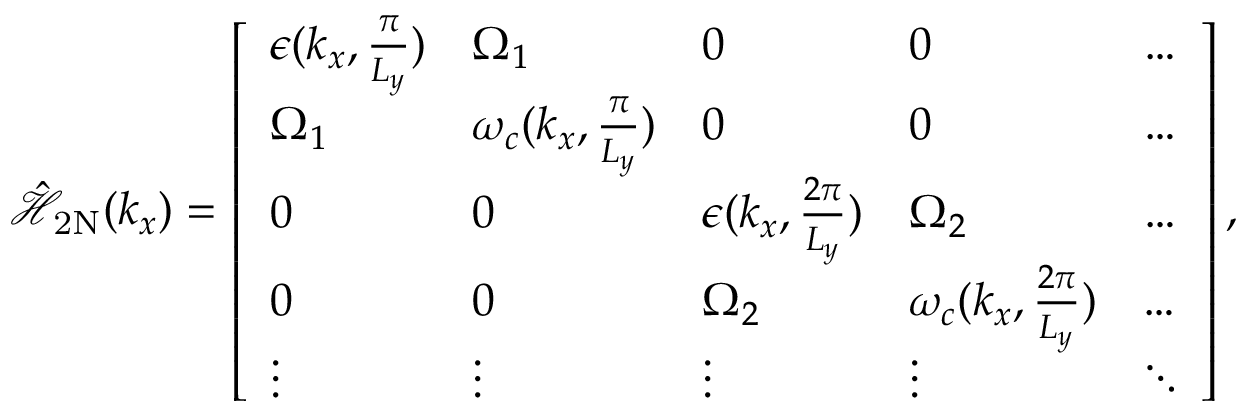
\begin{array} { r } { \mathcal { \hat { H } } _ { \mathrm { 2 N } } ( { k _ { x } } ) = \left[ \begin{array} { l l l l l } { \epsilon ( k _ { x } , \frac { \pi } { L _ { y } } ) } & { { \Omega } _ { 1 } } & { 0 } & { 0 } & { \hdots } \\ { { \Omega } _ { 1 } } & { \omega _ { c } ( { k _ { x } , \frac { \pi } { L _ { y } } } ) } & { 0 } & { 0 } & { \hdots } \\ { 0 } & { 0 } & { \epsilon ( k _ { x } , \frac { 2 \pi } { L _ { y } } ) } & { { \Omega } _ { 2 } } & { \hdots } \\ { 0 } & { 0 } & { { \Omega } _ { 2 } } & { \omega _ { c } ( { k _ { x } , \frac { 2 \pi } { L _ { y } } } ) } & { \hdots } \\ { \vdots } & { \vdots } & { \vdots } & { \vdots } & { \ddots } \end{array} \right] , } \end{array}